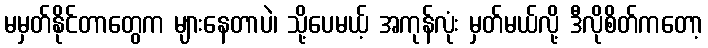
မမှတ်နိုင်တာတွေက များနေတာပဲ၊ သို့ပေမယ့် အကုန်လုံး မှတ်မယ်လို့ ဒီလိုစိတ်ကတော့